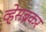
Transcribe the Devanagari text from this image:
व्हेसब्रेकर